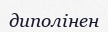
диполінен